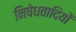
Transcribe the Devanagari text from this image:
निषेधवादियों